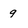
Character: 9